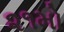
૨૧મો